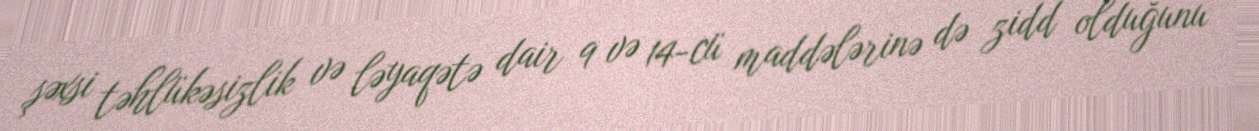
şəxsi təhlükəsizlik və ləyaqətə dair 9 və 14-cü maddələrinə də zidd olduğunu